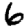
Digit: 6